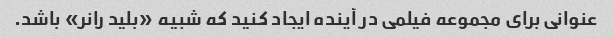
عنوانی برای مجموعه فیلمی در آینده ایجاد کنید که شبیه «بلید رانر» باشد.